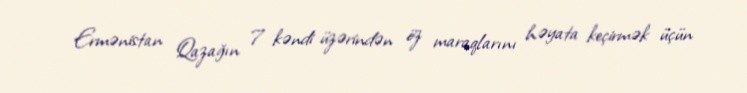
Ermənistan Qazağın 7 kəndi üzərindən öz maraqlarını həyata keçirmək üçün